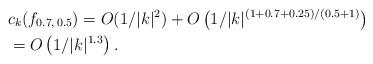
LaTeX: \begin{align*}&c_k(f_{0.7,\,0.5}) = O(1/|k|^2) + O\left(1/|k|^{(1+0.7 +0.25)/(0.5 + 1)}\right) \\&= O\left(1/|k|^{1.3}\right).\end{align*}